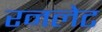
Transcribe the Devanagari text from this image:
रनलेट